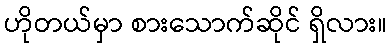
ဟိုတယ်မှာ စားသောက်ဆိုင် ရှိလား။